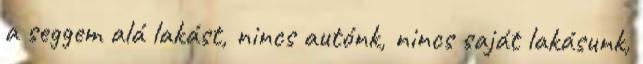
a seggem alá lakást, nincs autónk, nincs saját lakásunk,